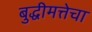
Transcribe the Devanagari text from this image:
बुद्धीमत्तेचा